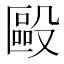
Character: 毆